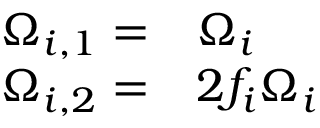
\begin{array} { r l } { \Omega _ { i , 1 } = } & { { } \Omega _ { i } } \\ { \Omega _ { i , 2 } = } & { { } 2 f _ { i } \Omega _ { i } } \end{array}